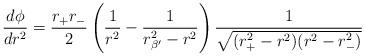
LaTeX: \begin{align*}\frac{d\phi}{dr^2}= \frac{ r_+ r_- }{ 2 } \left( \frac{1}{r^2} - \frac{1}{r_{\beta'}^2-r^2} \right) \frac{ 1 }{ \sqrt{ (r_+^2 - r^2)(r^2 - r_-^2) } }\end{align*}